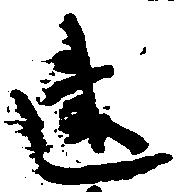
建